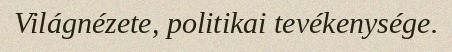
Világnézete, politikai tevékenysége.